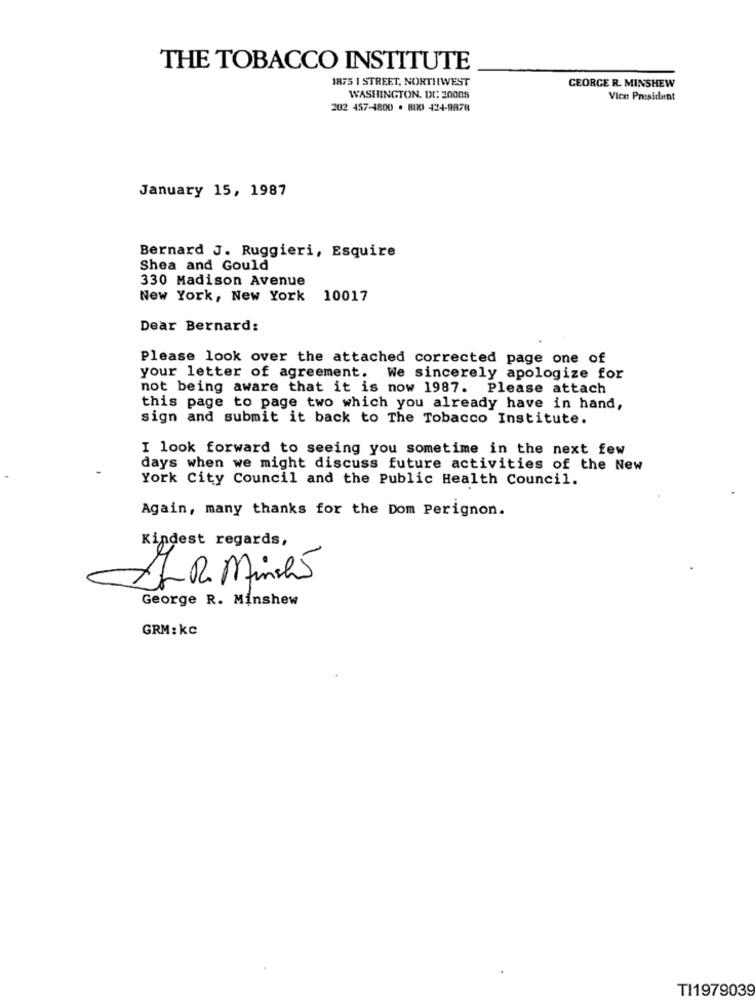
THE TOBACCO INSTITUTE
1875 1 STREET, NORTHWEST
GEORGE R. MINSHEW
WASHINGTON, DC: 20005
Vice President
202 457-4800 · 800 424-9878
January 15, 1987
Bernard J. Ruggieri, Esquire
Shea and Gould
330 Madison Avenue
New York, New York 10017
Dear Bernard:
Please look over the attached corrected page one of
your letter of agreement. We sincerely apologize for
not being aware that it is now 1987. Please attach
this page to page two which you already have in hand,
sign and submit it back to The Tobacco Institute.
I look forward to seeing you sometime in the next few
days when we might discuss future activities of the New
York City Council and the Public Health Council.
Again, many thanks for the Dom Perignon.
Kindest regards,
& R. Minst5
George R. Minshew
GRM: kc
TI1979039